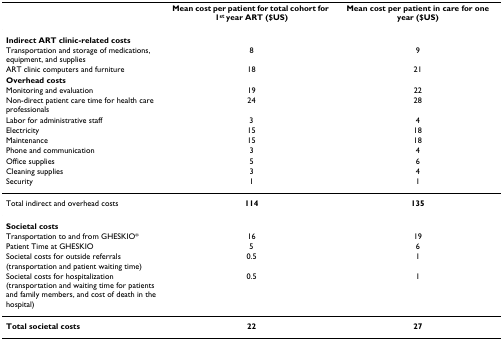
<table><thead><tr><td></td><td><b>Mean cost per patient for total cohort for 1<sup>st </sup>year ART ($US)</b></td><td><b>Mean cost per patient in care for one year ($US)</b></td></tr></thead><tbody><tr><td><b>Indirect ART clinic-related costs</b></td><td></td><td></td></tr><tr><td>Transportation and storage of medications, equipment, and supplies</td><td>8</td><td>9</td></tr><tr><td>ART clinic computers and furniture</td><td>18</td><td>21</td></tr><tr><td><b>Overhead costs</b></td><td></td><td></td></tr><tr><td>Monitoring and evaluation</td><td>19</td><td>22</td></tr><tr><td>Non-direct patient care time for health care professionals</td><td>24</td><td>28</td></tr><tr><td>Labor for administrative staff</td><td>3</td><td>4</td></tr><tr><td>Electricity</td><td>15</td><td>18</td></tr><tr><td>Maintenance</td><td>15</td><td>18</td></tr><tr><td>Phone and communication</td><td>3</td><td>4</td></tr><tr><td>Office supplies</td><td>5</td><td>6</td></tr><tr><td>Cleaning supplies</td><td>3</td><td>4</td></tr><tr><td>Security</td><td>1</td><td>1</td></tr><tr><td>Total indirect and overhead costs</td><td><b>114</b></td><td><b>135</b></td></tr><tr><td><b>Societal costs</b></td><td></td><td></td></tr><tr><td>Transportation to and from GHESKIO*</td><td>16</td><td>19</td></tr><tr><td>Patient Time at GHESKIO</td><td>5</td><td>6</td></tr><tr><td>Societal costs for outside referrals (transportation and patient waiting time)</td><td>0.5</td><td>1</td></tr><tr><td>Societal costs for hospitalization (transportation and waiting time for patients and family members, and cost of death in the hospital)</td><td>0.5</td><td>1</td></tr><tr><td><b>Total societal costs</b></td><td><b>22</b></td><td><b>27</b></td></tr></tbody></table>